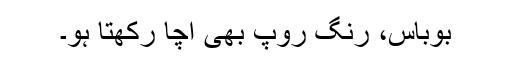
بوباس، رنگ روپ بھی اچا رکھتا ہو۔